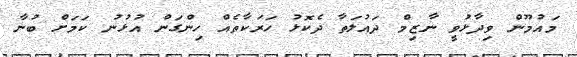
މައުމޫން ވިދާޅުވީ ނާޒިމް ދައުލަތާ ދެކޮޅު ހަރަކާތެއް ހިންގަން އުޅުނު ކަމަށް ބުނާ